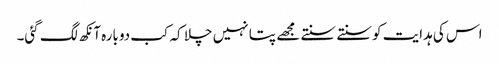
اس کی ہدایت کو سنتے سنتے مجھے پتا نہیں چلا کہ کب دوبارہ آنکھ لگ گئی۔